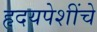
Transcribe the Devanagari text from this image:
हृदयपेशींचे